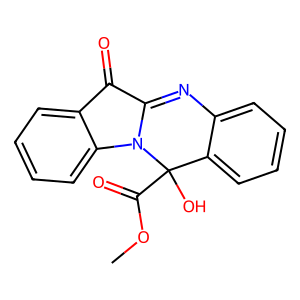
SMILES: COC(=O)C1(O)c2ccccc2N=C2C(=O)c3ccccc3N21
Inhibits HIV replication: No